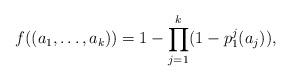
LaTeX: \begin{align*}f((a_1,\ldots, a_k))=1-\prod\limits_{j=1}^k(1-p_1^j(a_j)),\end{align*}